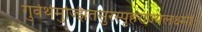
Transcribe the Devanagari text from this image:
गुर्वर्थमुज्झितसुरस्पृहराज्यलक्ष्मीः